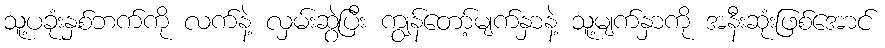
သူ့ပခုံးနှစ်ဘက်ကို လက်နဲ့ လှမ်းဆွဲပြီး ကျွန်တော့်မျက်နှာနဲ့ သူ့မျက်နှာကို အနီးဆုံးဖြစ်အောင်